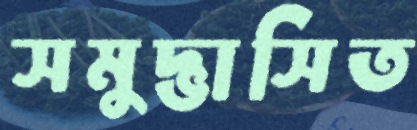
সমুদ্ভাসিত